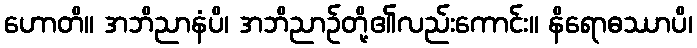
ဟောတိ။ အဘိညာနံပိ၊ အဘိညာဉ်တို့၏လည်းကောင်း။ နိရောဓဿာပိ၊